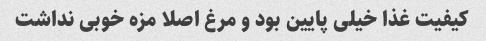
کیفیت غذا خیلی پایین بود و مرغ اصلا مزه خوبی نداشت